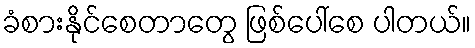
ခံစားနိုင်စေတာတွေ ဖြစ်ပေါ်စေ ပါတယ်။